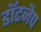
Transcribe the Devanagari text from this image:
डॉटनैप